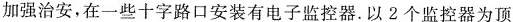
加强治安，在一些十字路口安装有电子监控器.以2个监控器为顶